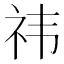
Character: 祎